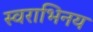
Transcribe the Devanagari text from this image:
स्वराभिनय